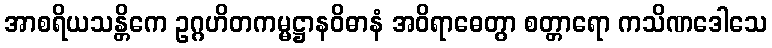
အာစရိယသန္တိကေ ဥဂ္ဂဟိတကမ္မဋ္ဌာနဝိဓာနံ အဝိရာဓေတွာ စတ္တာရော ကသိဏဒေါသေ